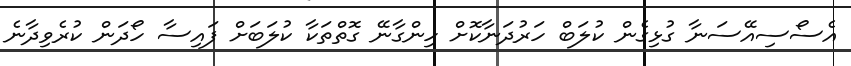
އެސޯސިއޭސަނާ ގުޅިގެން ކުލަބް ހަރުދަނާކޮށް ހިންގާނޭ ގޮތްތަކާ ކުލަބަށް ފައިސާ ހޯދަން ކުރެވިދާނެ